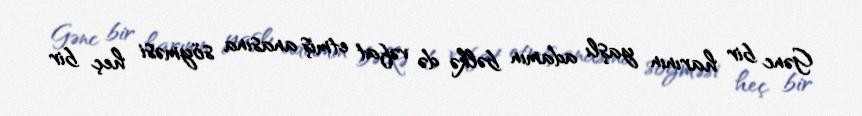
Gənc bir harının yaşlı adamın bəlkə də vəfat etmiş anasına söyməsi heç bir